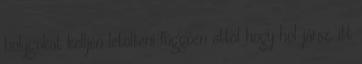
bolygókat kelljen letölteni függően attól hogy hol jársz, itt